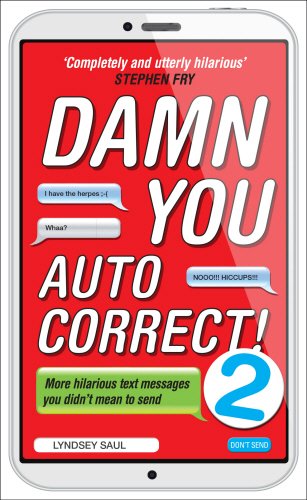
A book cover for Damn You Autocorrect! 2: More Hilarious Text Messages You Didn't Mean to Send; Lyndsey Saul; Humor & Entertainment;